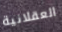
العقلانية